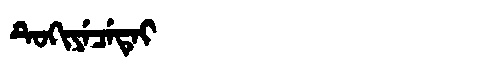
Manchu: ᡨᡠᡴᡳᠶᡝᠴᡝᡨᡝᡳ
Romanization: TUKIYECETEI